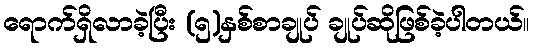
ရောက်ရှိလာခဲ့ပြီး (၅)နှစ်စာချုပ် ချုပ်ဆိုဖြစ်ခဲ့ပါတယ်။